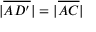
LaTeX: | { \overline { { A D ^ { \prime } } } } | = | { \overline { { A C } } } |